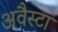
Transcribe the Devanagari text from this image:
अवैस्टा